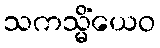
သကသ္မိံယေဝ